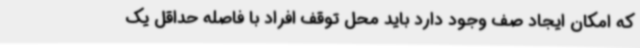
که امکان ایجاد صف وجود دارد باید محل توقف افراد با فاصله حداقل یک